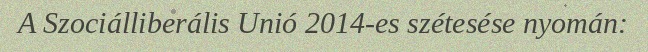
A Szociálliberális Unió 2014-es szétesése nyomán: